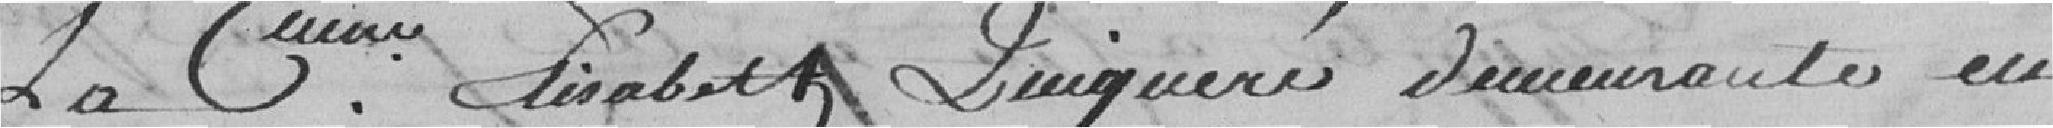
La C???? Elisabeth QUIQUERE ?? demeurant en